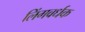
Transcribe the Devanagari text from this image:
लिंगवर्धक